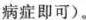
病症即可)。